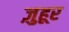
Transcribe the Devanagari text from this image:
ज़ुहूर